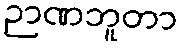
ဉာဏဘူတာ